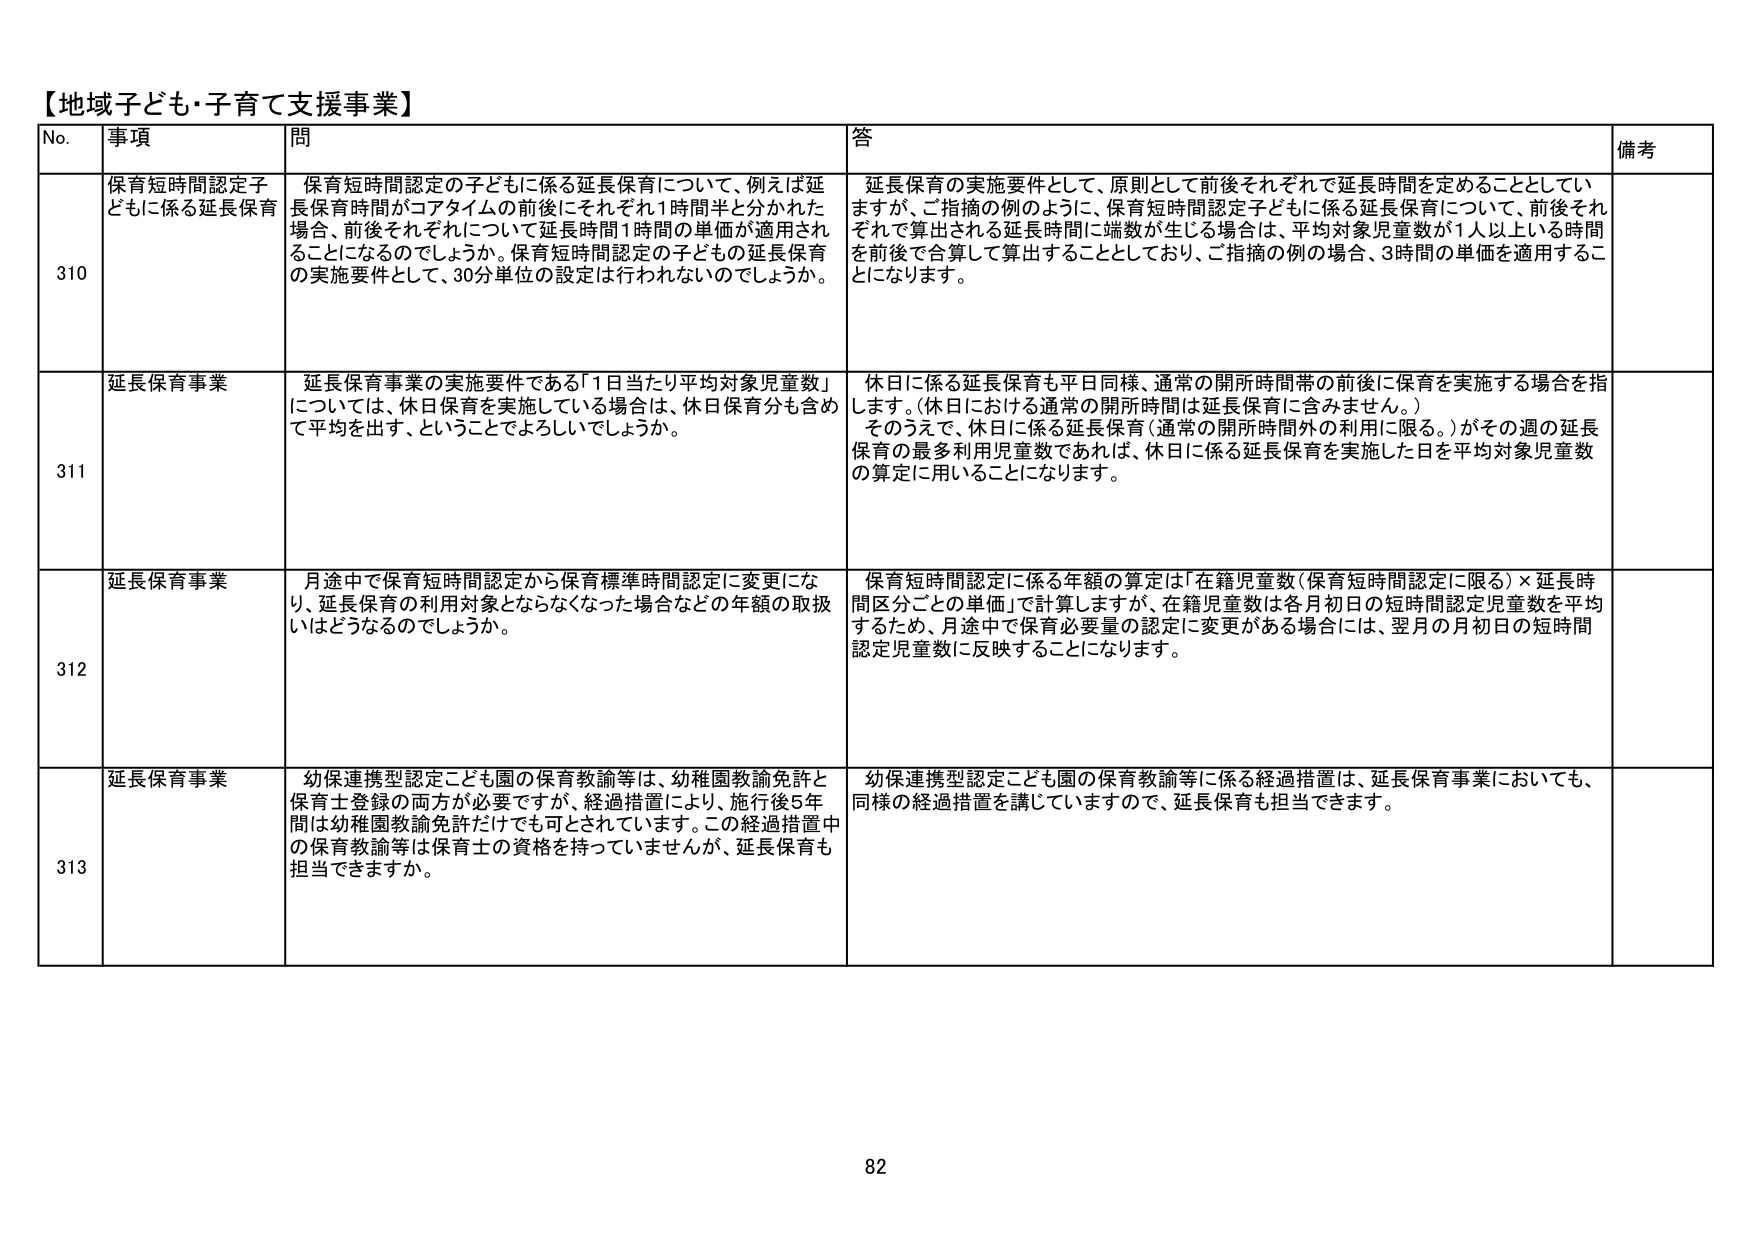
【地域子ども・子育て支援事業】

No. 事項 問 答 備考

310 保育短時間認定子どもに係る延長保育 保育短時間認定の子どもに係る延長保育について、例えば延長保育時間がコアタイムの前後にそれぞれ1時間半と分かれた場合、前後それぞれについて延長時間1時間の単価が適用されることになるのでしょうか。保育短時間認定の子どもの延長保育の実施要件として、30分単位の設定は行われないのでしょうか。 延長保育の実施要件として、原則として前後それぞれで延長時間を定めることとしていますが、ご指摘の例のように、保育短時間認定子どもに係る延長保育について、前後それぞれで算出される延長時間に端数が生じる場合は、平均対象児童数が1人以上いる時間を前後で合算して算出することとしており、ご指摘の例の場合、3時間の単価を適用することになります。

311 延長保育事業 延長保育事業の実施要件である「1日当たり平均対象児童数」については、休日保育を実施している場合は、休日保育分も含めて平均を出す、ということでよろしいでしょうか。 休日に係る延長保育も平日同様、通常の開所時間帯の前後に保育を実施する場合を指します。（休日における通常の開所時間は延長保育に含みません。） そのうえで、休日に係る延長保育（通常の開所時間外の利用に限る。）がその週の延長保育の最多利用児童数であれば、休日に係る延長保育を実施した日を平均対象児童数の算定に用いることになります。

312 延長保育事業 月途中で保育短時間認定から保育標準時間認定に変更になり、延長保育の利用対象とならなくなった場合などの年額の取扱いはどうなるのでしょうか。 保育短時間認定に係る年額の算定は「在籍児童数（保育短時間認定に限る）×延長時間区分ごとの単価」で計算しますが、在籍児童数は各月初日の短時間認定児童数を平均するため、月途中で保育必要量の認定に変更がある場合には、翌月の月初日の短時間認定児童数に反映することになります。

313 延長保育事業 幼保連携型認定こども園の保育教諭等は、幼稚園教諭免許と保育士登録の両方が必要ですが、経過措置により、施行後5年間は幼稚園教諭免許だけでも可とされています。この経過措置中の保育教諭等は保育士の資格を持っていませんが、延長保育も担当できますか。 幼保連携型認定こども園の保育教諭等に係る経過措置は、延長保育事業においても、同様の経過措置を講じていますので、延長保育も担当できます。

82